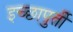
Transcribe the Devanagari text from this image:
इच्छापुर्ती